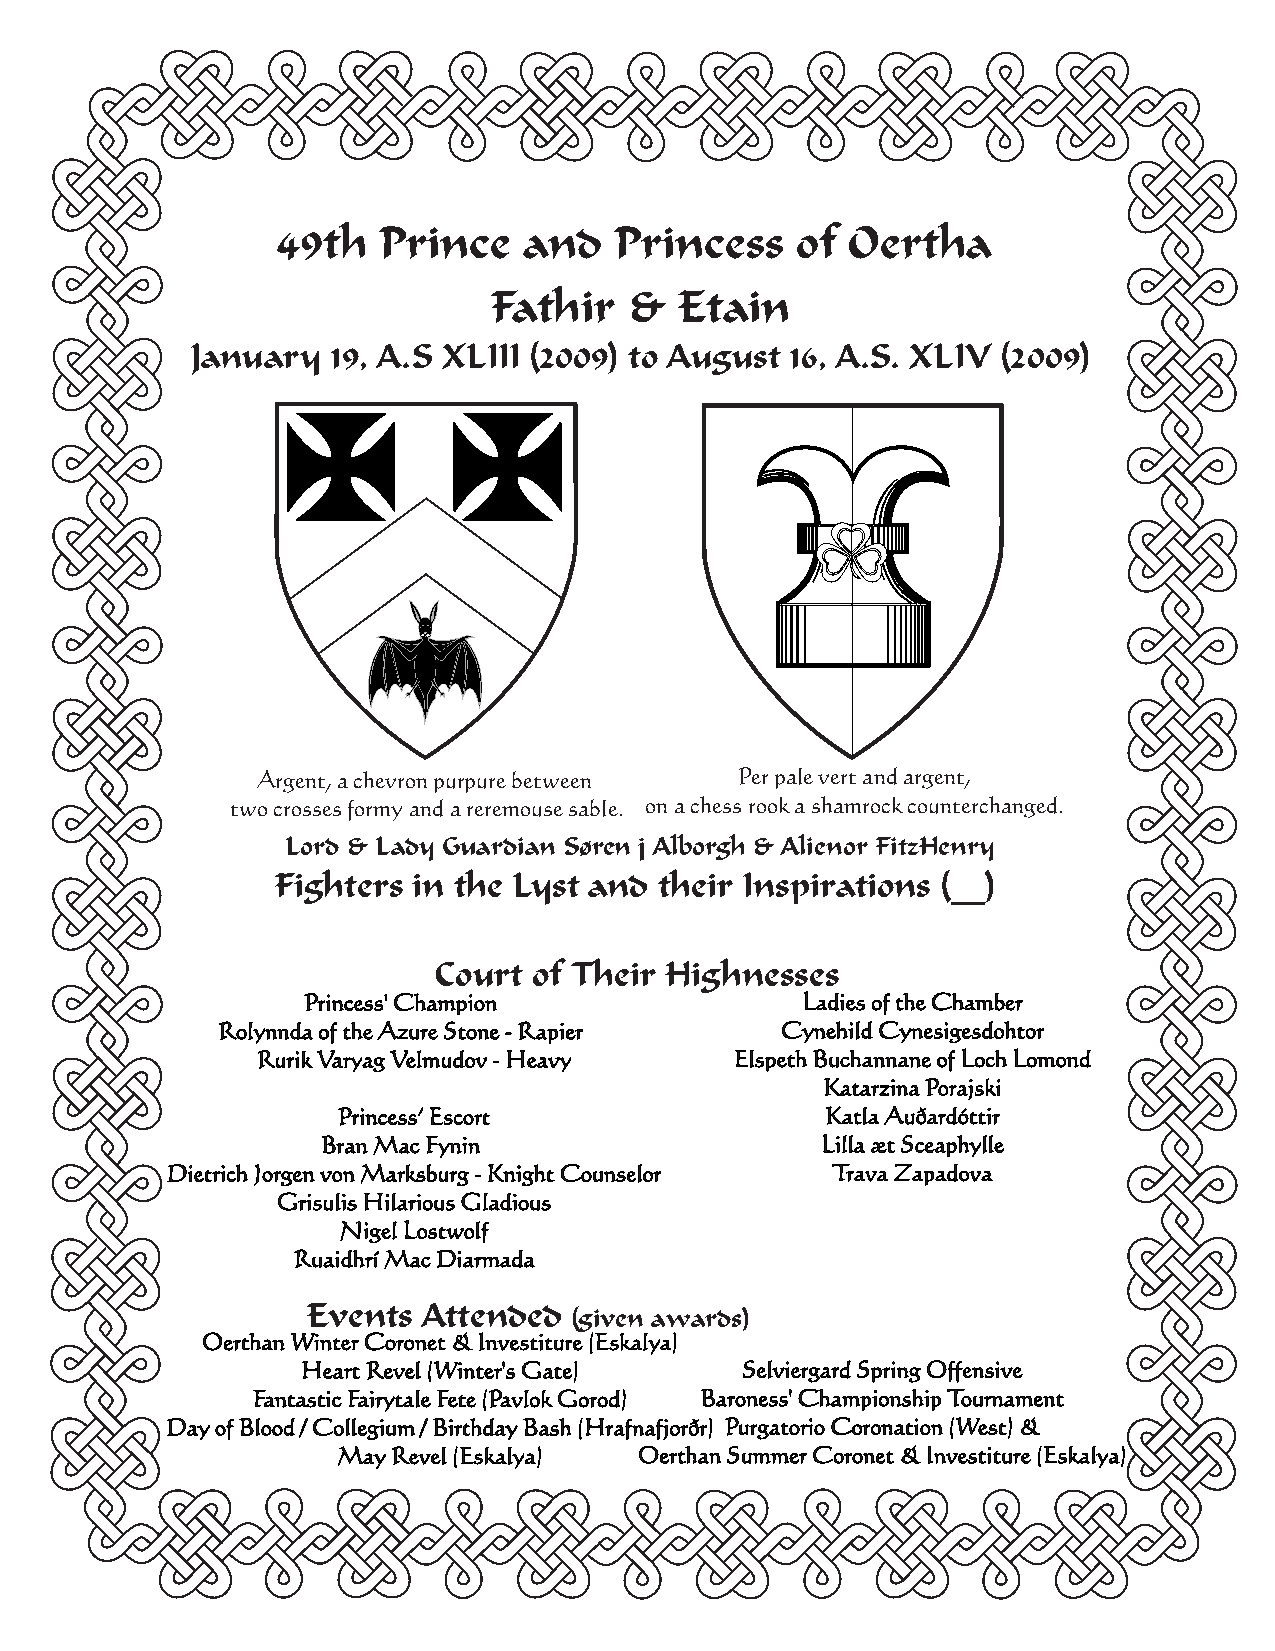
49th   Prince    and   Princess    of Oertha
 Fathir    &  Etain
 January  19, A.S XLIII (2009) to August 16, A.S. XLIV (2009)
 Argent, a chevron purpure between Per pale vert and argent,
 two crosses formy and a reremouse sable. on a chess rook a shamrock counterchanged.
 Lord & Lady Guardian Søren j Alborgh & Alienor FitzHenry
 Fighters in the Lyst and  their Inspirations (__)
 CCoouurrtt ooff TThheeiirr HHiigghhnneesssseess
 Princess' Champion               Ladies of the Chamber
 Rolynnda of the Azure Stone - Rapier  Cynehild Cynesigesdohtor
 Rurik Varyag Velmudov - Heavy   Elspeth Buchannane of Loch Lomond
 Katarzina Porajski
 Princess’ Escort                 Katla Auðardóttir
 Bran Mac Fynin                   Lilla æt Sceaphylle
 Dietrich Jorgen von Marksburg - Knight Counselor Trava Zapadova
 Grisulis Hilarious Gladious
 Nigel Lostwolf
 Ruaidhrí Mac Diarmada
 Events  Attended
 (given awards)
 Oerthan Winter Coronet & Investiture (Eskalya)
 Heart Revel (Winter's Gate)  Selviergard Spring Offensive
 Fantastic Fairytale Fete (Pavlok Gorod) Baroness' Championship Tournament
 Day of Blood / Collegium / Birthday Bash (Hrafnafjorðr) Purgatorio Coronation (West) &
 May Revel (Eskalya) Oerthan Summer Coronet & Investiture (Eskalya)